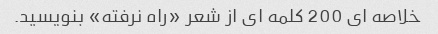
خلاصه ای 200 کلمه ای از شعر «راه نرفته» بنویسید.